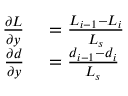
\begin{array} { r l } { \frac { \partial L } { \partial y } } & { { } = \frac { L _ { i - 1 } - L _ { i } } { L _ { s } } } \\ { \frac { \partial d } { \partial y } } & { { } = \frac { d _ { i - 1 } - d _ { i } } { L _ { s } } } \end{array}